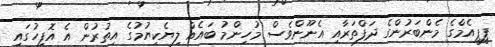
ޕީޕީއެމްގެ މެންބަރުންގެ ދަފްތަރާއި އެނޫންވެސް މުހިންމު ބައެއް ލިޔެކިޔުމުގެ އިތުރުން އެ އޮފީހުގައި